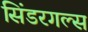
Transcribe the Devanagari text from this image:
सिंडरगल्स